Report on lock hospitals in British Burma
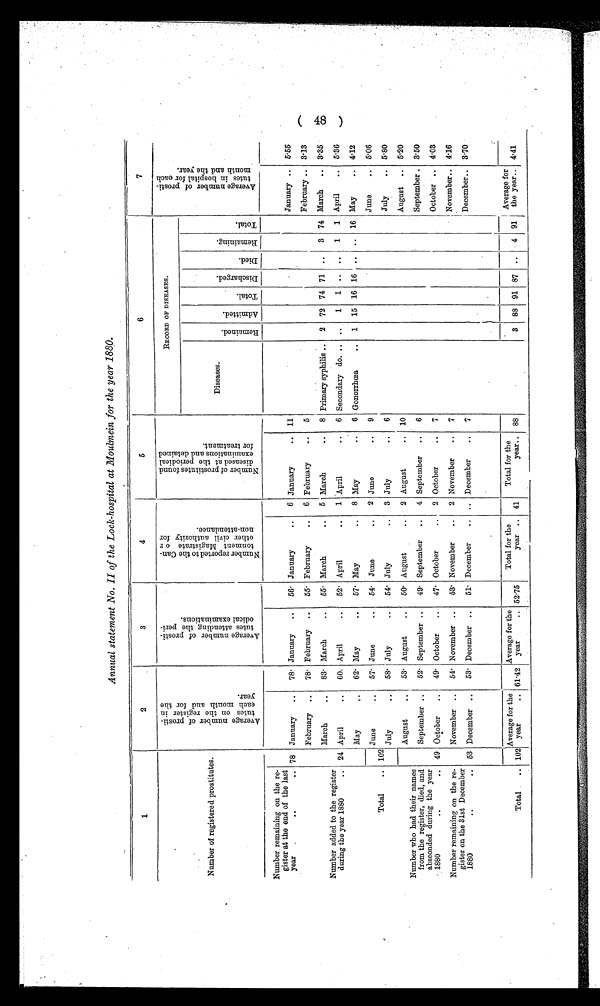
Annual statement No. II of the Lock-hospital at Moulmein for the year 1880.
1
2
3
4
5
6
7
Number of registered prostitutes.
A v e r a g e n u m b e r o f p r o s t i -
t u t e s o n t h e r e g i s t e r i n
e a c h m o n t h a n d f o r t h e
y e a r
.
A v e r a g e n u m b e r o f p r o s t i -
t u t e s a t t e n d i n g t h e p e r i -
o d i c a l e x a m i n a t i o n s .
N u m b e r o f r e p o r t e d t o t h e C a n -
t o n m e n t M a g i s t r a t e o r
o t h e r c i v i l a u t h o r i t y f o r
n o n - a t t e n d a n c e .
N u m b e r o f p r o s t i t u t e s f o u n d
d i s e a s e d a t t h e p e r i o d i c a l
e x a m i n a t i o n s a n d d e t a i n e df
o r t r e a t e m e n t .
RECORD OF DISEASES.
A v e r a g e n u m b e r o f p r o s t i -
t u t e s i n h o s p t i a l f o r e a c h
m o n t h a n d t h e y e a r .
Diseases.
R e m a i n i n g .
A d m i t t e d .
T o t a l .
D i s c h a r g e d .
D i e d .
R e m a i n i n g .
T O t a l .
Number remaining on the re-
gister at the end of the last
year
...
.. 78 January
..
78. January
..
56. January
..
6 January
..
11
January ..
5.55
February
..
78. February
..
55. February
..
6 February
..
5
February ..
3-13
Number added to the register
during the year 1880
..
March
..
83 . March
..
55. March
..
5 March
..
8 Primary syphilis ..
2
72 74 71
..
3 74 March
..
3.35
24 April
..
60. April
..
52. April
..
1 April
. .
6 Secondary do. ..
..
1
1 .. ..
1
1 April
..
5.36
May
..
62. May
..
57. May
..
8 May
. .
6 Gonorrhœa
..
1 15 16 16 .. .. 16 May
..
4.12
June..
June
..
54. June
. .
2 June
. .
9
June
..
5.06
Total
.. 102
July
..
58. July
..
54. July
..
3 July
..
6
July
..
5.80
Number who had their names
from the register, died, and
absconded during the year
1880
..
..
August
53. August
..
50. August
..
2 August
..
10
August
..
5.20
September ..
52. September ..
49. September
..
4 September
..
6
September . 3.50
49 October
..
49. October
..
47 . October
. .
2 October
. .
7
October ..
4.03
Number remaining on the re-
gister on the 31st December
1880
..
..
November ..
54. November ..
53. November
..
2 November
..
7
November.. 4.16
53 December ..
53. December ..
51. December
..
.. December
..
7
December..
3.70
Total
.. 102
Average for the
year
.. 61 . 42
Average for the
year
.. 52 . 75
Total for the
year .. 41
Total for the
year..
88
3 88 91 87
. .
4 91
Average for
the year.. 441
( 48 )